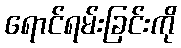
ရောင်ရမ်းခြင်းကို